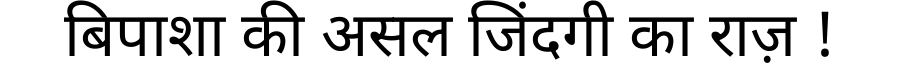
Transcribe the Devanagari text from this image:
बिपाशा की असल जिंदगी का राज़ !